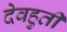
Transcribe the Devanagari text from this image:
देवहुती